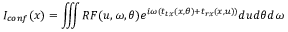
I _ { c o n f } ( x ) = \iiint { R F ( u , \omega , \theta ) e ^ { i \omega \left( t _ { t x } ( x , \theta ) + t _ { r x } ( x , u ) \right) } } d u d \theta d \omega